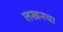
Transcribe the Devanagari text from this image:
लखनचा